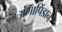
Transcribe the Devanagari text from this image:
अंगापिंडाने